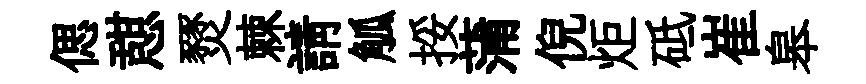
偲憇燹棘請觚挼蒲倪炬砥崔皋